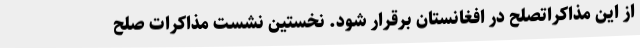
از این مذاکراتصلح در افغانستان برقرار شود. نخستین نشست مذاکرات صلح